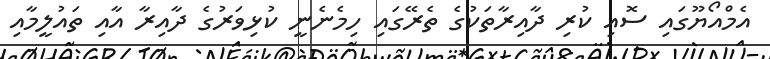
އެމްއޯޔޫގައި ސޮއި ކުރި ދާއިރާތަކުގެ ތެރޭގައި ހިމެނެނީ ކުޅިވަރުގެ ދާއިރާ އާއި ތައުލީމާއި